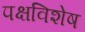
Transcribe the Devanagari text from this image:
पक्षविशेष